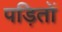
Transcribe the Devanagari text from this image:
पड़ितों